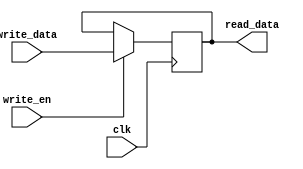
module regFile64 #(parameter N=64)( read_data, write_en, write_data,clk);

input write_en;
input[N-1:0] write_data;
input clk;
output reg[N-1:0] read_data;
reg[N-1:0] my_reg;

always @(*) begin
	read_data = my_reg;
end

always @(negedge clk) begin
	if(write_en==1) begin
		my_reg = write_data;
	end else if(write_en==0) begin
		my_reg = my_reg;
	end
end

endmodule